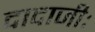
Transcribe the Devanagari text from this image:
दादाजीः